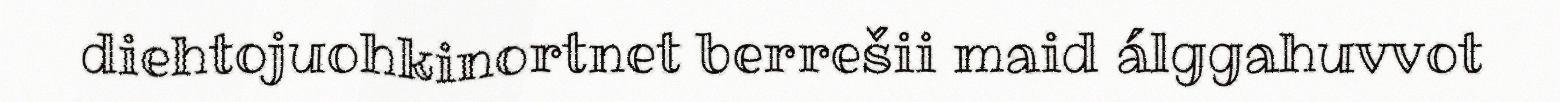
diehtojuohkinortnet berrešii maid álggahuvvot